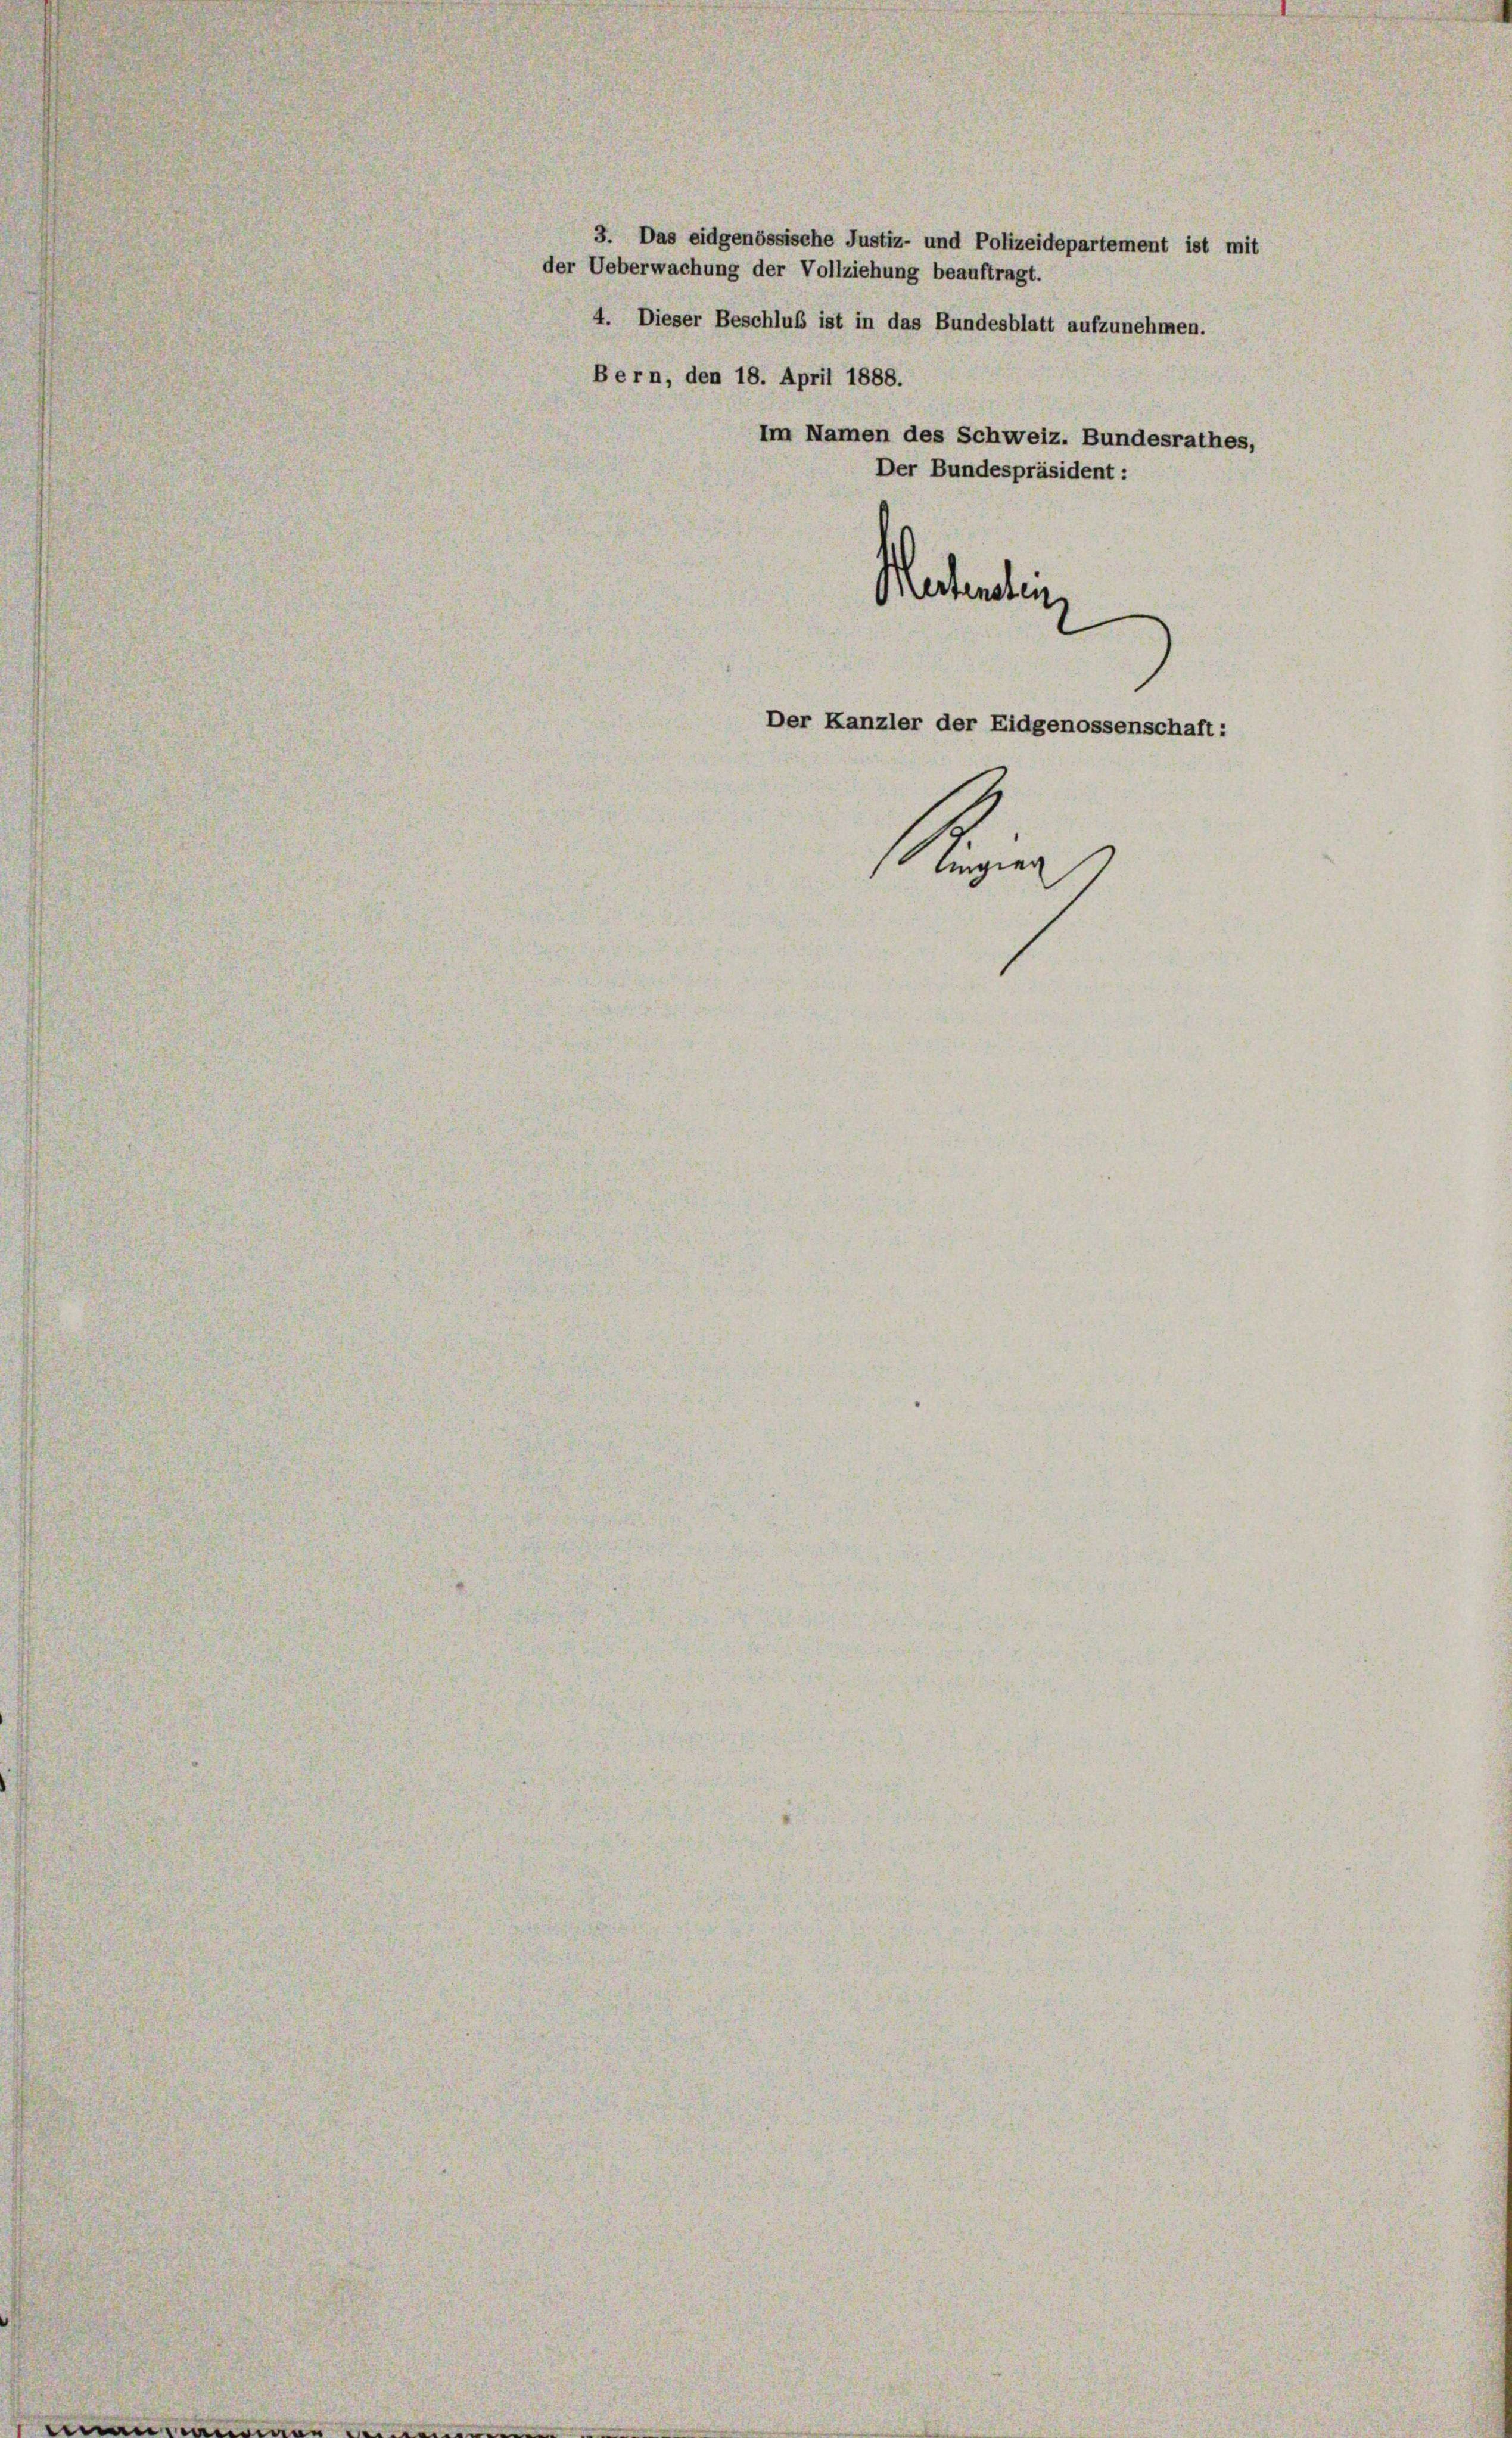
der Ueberwachung der Vollziehung beauftragt.
4. Dieser Beschluß ist in das Bundesblatt aufzunehmen.
Bern, den 18. April 1888.
Im Namen des Schweiz. Bundesrathes,
Der Bundespräsident:
Nectenlei
Der Kanzler der Eidgenossenschaft:

3. Das eidgenössische Justiz- und Polizeidepartement ist mit

Krie